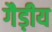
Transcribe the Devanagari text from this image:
गैड़ीय